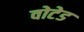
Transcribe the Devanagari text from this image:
वोटेड